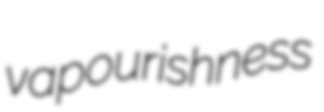
vapourishness